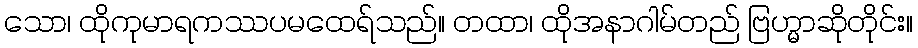
သော၊ ထိုကုမာရကဿပမထေရ်သည်။ တထာ၊ ထိုအနာဂါမ်တည် ဗြဟ္မာဆိုတိုင်း။